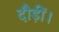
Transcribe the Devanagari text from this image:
दौड़ीं।